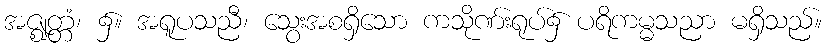
အဇ္ဈတ္တံ၊ ၌။ အရူပသညီ၊ သွေးအစရှိသော ကသိုဏ်းရုပ်၌ ပရိကမ္မသညာ မရှိသည်။